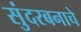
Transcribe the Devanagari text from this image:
सुंदरबनाचे